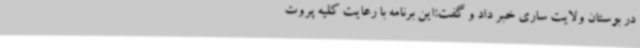
در بوستان ولایت ساری خبر داد و گفت:‌این برنامه با رعایت کلیه پروت